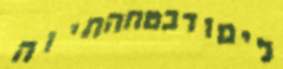
לימודבטחהתיוה